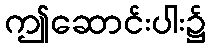
ဤဆောင်းပါး၌